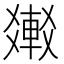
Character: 𨌸